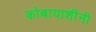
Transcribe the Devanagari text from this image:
कोबायाशींनी